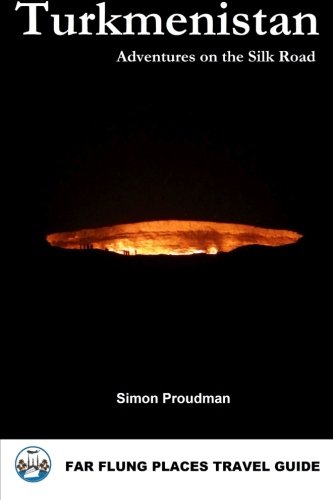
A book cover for Turkmenistan: Adventures on the Silk Road; Simon Proudman; Travel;